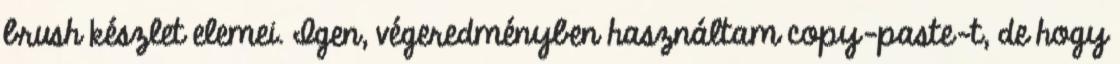
brush készlet elemei. Igen, végeredményben használtam copy-paste-t, de hogy